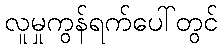
လူမှုကွန်ရက်ပေါ်တွင်